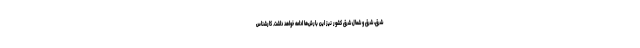
شرق، شرق و شمال شرق کشور نیز این بارش‌ها ادامه خواهد داشت. کارشناس